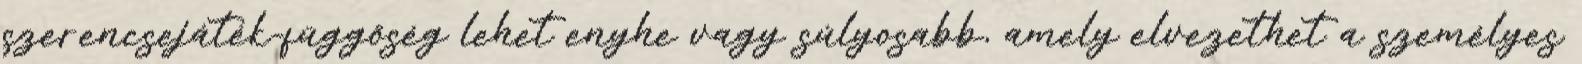
szerencsejáték-függőség lehet enyhe vagy súlyosabb, amely elvezethet a személyes